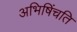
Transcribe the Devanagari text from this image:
अभिषिंचति